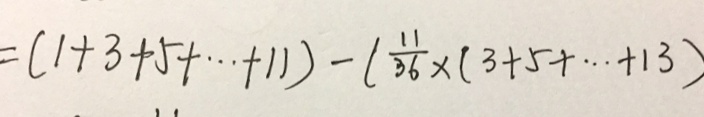
= ( 1 + 3 + 5 + \cdots + 1 1 ) - ( \frac { 1 1 } { 3 6 } \times ( 3 + 5 + \cdots + 1 3 )